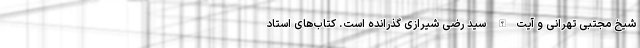
شیخ مجتبی تهرانی و آیت‌الله سید رضی شیرازی گذرانده است. کتاب‌های استاد